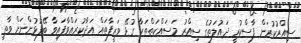
ސިއްރުކުރަން ފާސްކުރީ ދައުލަތުގެ ސިއްރު މަސައްކަތްތަކާ ގުޅޭ ވަޒީފާތައް އަދާކުރައްވާފައިވާ ބޭފުޅުންނަށް ވާތީ